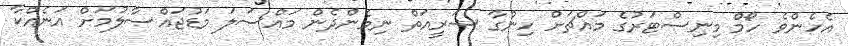
އެހެންވެ ހޯމް މިނިސްޓަރުގެ މައްޗަށް ހިންގާ ޝަރީއަތް ނިމެންދެން މައްސަލަ މަޑުޖައްސާލުމަށް އަނެއްކާ